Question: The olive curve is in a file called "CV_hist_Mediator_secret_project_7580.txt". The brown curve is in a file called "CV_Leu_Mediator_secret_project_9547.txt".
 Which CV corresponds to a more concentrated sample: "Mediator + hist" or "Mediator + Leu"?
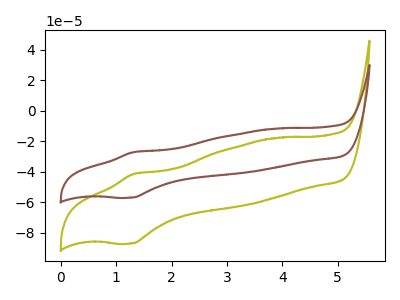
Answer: <think>The olive curve "Mediator + hist" has an anodic peak at (1.30V, -41.30uA) and a cathodic peak at (1.30V, -86.95uA). The brown curve "Mediator + Leu" has an anodic peak at (1.30V, -27.00uA) and a cathodic peak at (1.30V, -56.85uA).
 All the peaks in "Mediator + hist" have a peak in "Mediator + Leu" at the same potential.</think>
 <answer>I cant tell if "Mediator + hist" or "Mediator + Leu" has higher concentration.</answer>
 <eval>mixed_concentration</eval>